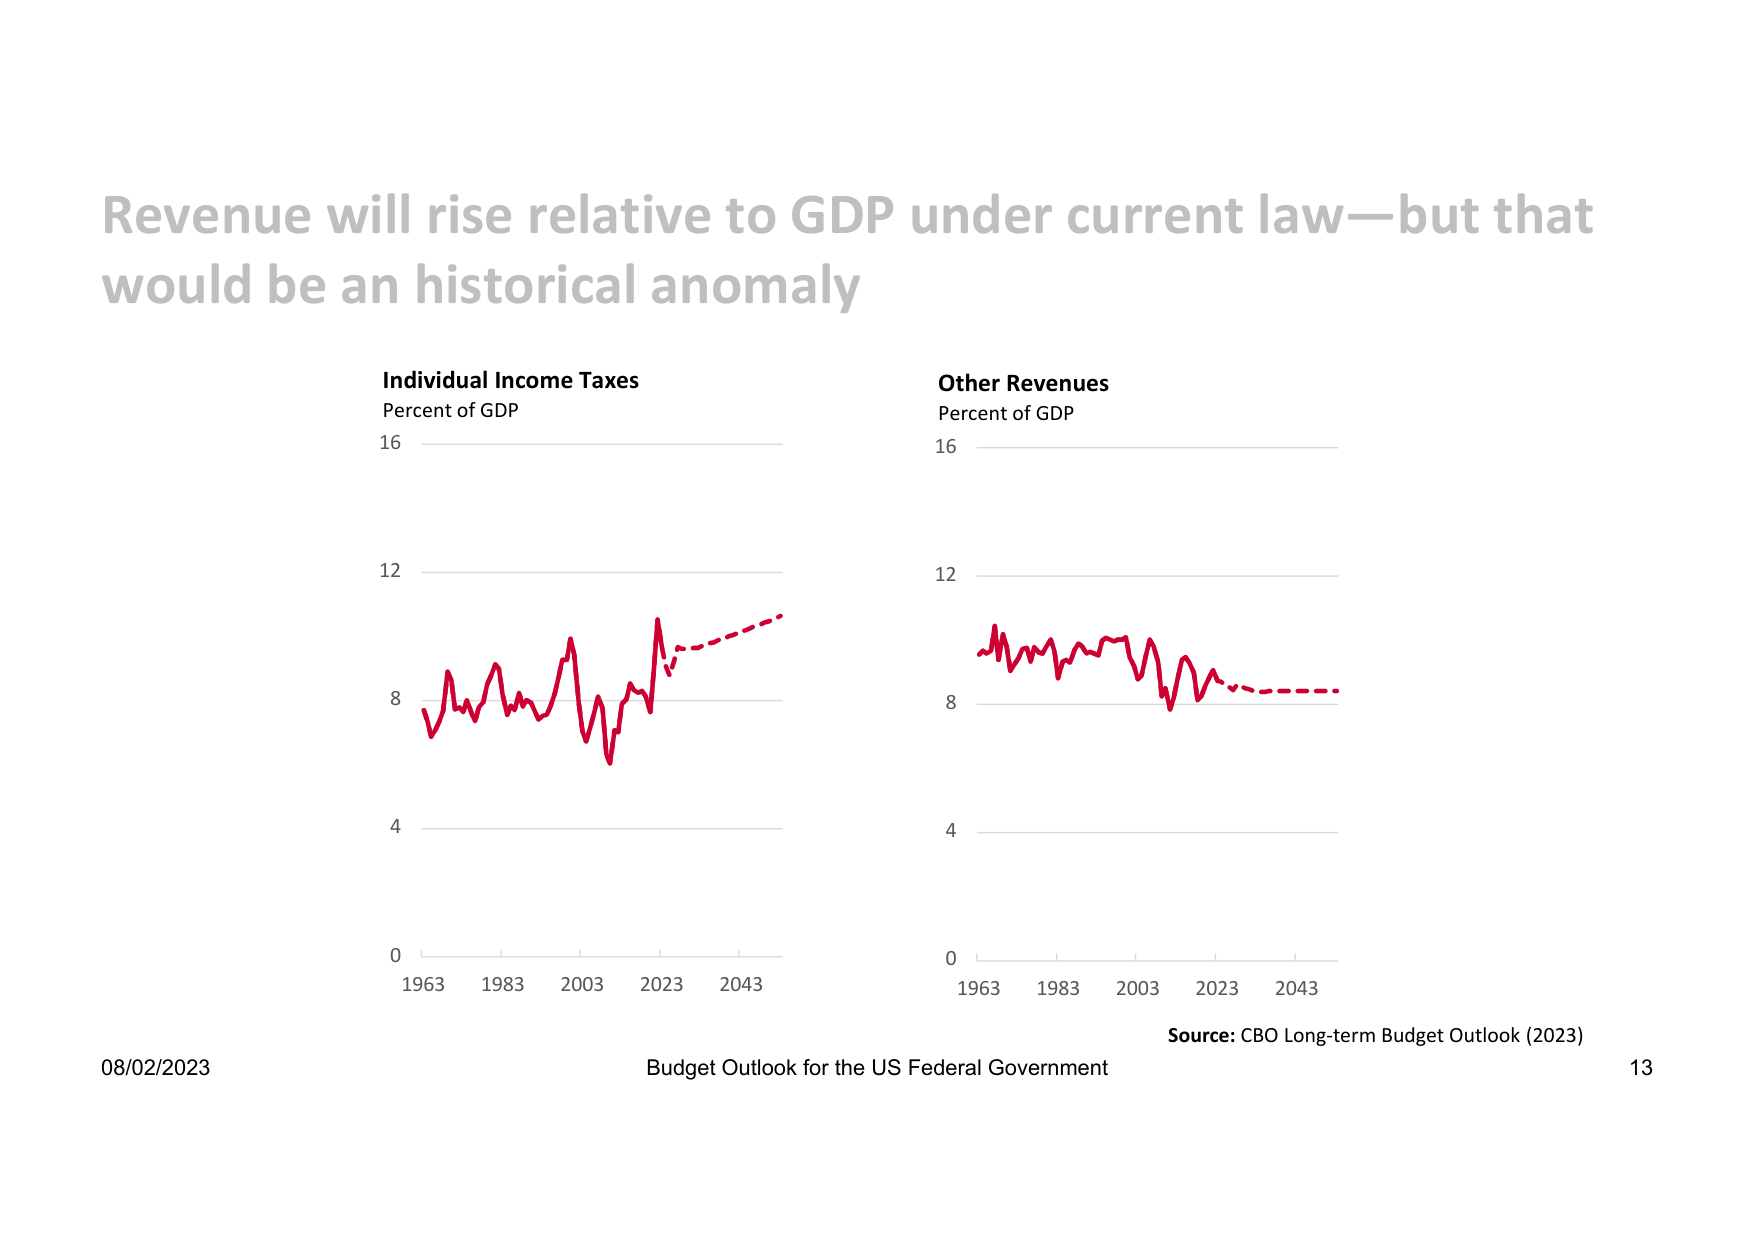
Revenue will rise relative to GDP under current law—but that would be an historical anomaly

Individual Income Taxes
Percent of GDP
16
12
8
4
0
1963 1983 2003 2023 2043

Other Revenues
Percent of GDP
16
12
8
4
0
1963 1983 2003 2023 2043

Source: CBO Long-term Budget Outlook (2023)

08/02/2023
Budget Outlook for the US Federal Government
13